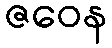
ဇဝေန